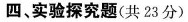
四、实验探究题(共23分)